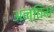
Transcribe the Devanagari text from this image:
अंन्तिम